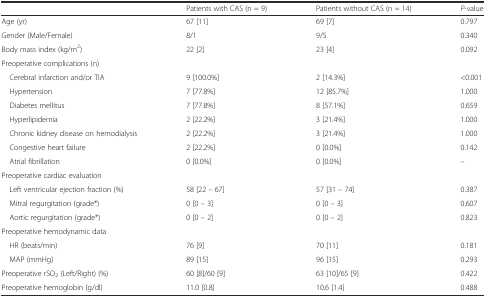
<table><thead><tr><td></td><td><b>Patients with CAS (n = 9)</b></td><td><b>Patients without CAS (n = 14)</b></td><td><b><i>P</i>-value</b></td></tr></thead><tbody><tr><td>Age (yr)</td><td>67 [11]</td><td>69 [7]</td><td>0.797</td></tr><tr><td>Gender (Male/Female)</td><td>8/1</td><td>9/5</td><td>0.340</td></tr><tr><td>Body mass index (kg/m<sup>2</sup>)</td><td>22 [2]</td><td>23 [4]</td><td>0.092</td></tr><tr><td>Preoperative complications (n)</td><td></td><td></td><td></td></tr><tr><td> Cerebral infarction and/or TIA</td><td>9 [100.0%]</td><td>2 [14.3%]</td><td>&lt;0.001</td></tr><tr><td> Hypertension</td><td>7 [77.8%]</td><td>12 [85.7%]</td><td>1.000</td></tr><tr><td> Diabetes mellitus</td><td>7 [77.8%]</td><td>8 [57.1%]</td><td>0.659</td></tr><tr><td> Hyperlipidemia</td><td>2 [22.2%]</td><td>3 [21.4%]</td><td>1.000</td></tr><tr><td> Chronic kidney disease on hemodialysis</td><td>2 [22.2%]</td><td>3 [21.4%]</td><td>1.000</td></tr><tr><td> Congestive heart failure</td><td>2 [22.2%]</td><td>0 [0.0%]</td><td>0.142</td></tr><tr><td> Atrial fibrillation</td><td>0 [0.0%]</td><td>0 [0.0%]</td><td>–</td></tr><tr><td>Preoperative cardiac evaluation</td><td></td><td></td><td></td></tr><tr><td> Left ventricular ejection fraction (%)</td><td>58 [22 – 67]</td><td>57 [31 – 74]</td><td>0.387</td></tr><tr><td> Mitral regurgitation (grade*)</td><td>0 [0 – 3]</td><td>0 [0 – 3]</td><td>0.607</td></tr><tr><td> Aortic regurgitation (grade*)</td><td>0 [0 – 2]</td><td>0 [0 – 2]</td><td>0.823</td></tr><tr><td>Preoperative hemodynamic data</td><td></td><td></td><td></td></tr><tr><td> HR (beats/min)</td><td>76 [9]</td><td>70 [11]</td><td>0.181</td></tr><tr><td> MAP (mmHg)</td><td>89 [15]</td><td>96 [15]</td><td>0.293</td></tr><tr><td>Preoperative rSO<sub>2</sub> (Left/Right) (%)</td><td>60 [8]/60 [9]</td><td>63 [10]/65 [9]</td><td>0.422</td></tr><tr><td>Preoperative hemoglobin (g/dl)</td><td>11.0 [0.8]</td><td>10.6 [1.4]</td><td>0.488</td></tr></tbody></table>